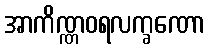
အာကိဏ္ဏဝရလက္ခဏော